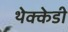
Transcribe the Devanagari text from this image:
थेक्केडी